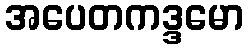
အပေတကဒ္ဒမော